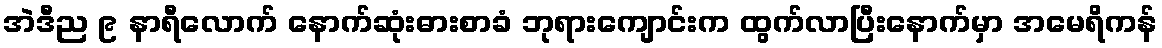
အဲဒီည ၉ နာရီလောက် နောက်ဆုံးဓားစာခံ ဘုရားကျောင်းက ထွက်လာပြီးနောက်မှာ အမေရိကန်